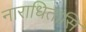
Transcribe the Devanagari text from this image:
नाराधितासि